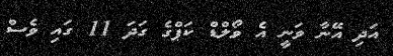
އަދި އޭނާ ވަނީ އެ ވޯލްޑް ކަޕްގެ ގަދަ 11 ގައި ވެސް